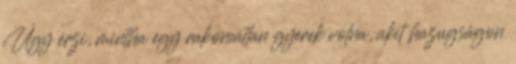
Úgy érzi, mintha egy rakoncátlan gyerek volna, akit hazugságon